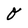
Character: O